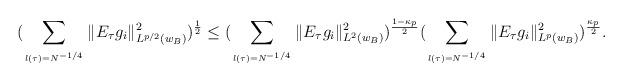
LaTeX: \begin{align*}(\sum_{\atop{l(\tau)=N^{-1/4}}}\|E_{\tau}g_i\|_{L^{p/2}(w_{B})}^2)^{\frac1{2}}\le (\sum_{\atop{l(\tau)=N^{-1/4}}}\|E_{\tau}g_i\|_{L^{2}(w_{B})}^2)^{\frac{1-\kappa_p}{2}}(\sum_{\atop{l(\tau)=N^{-1/4}}}\|E_{\tau}g_i\|_{L^{p}(w_{B})}^2)^{\frac{\kappa_p}{2}}.\end{align*}